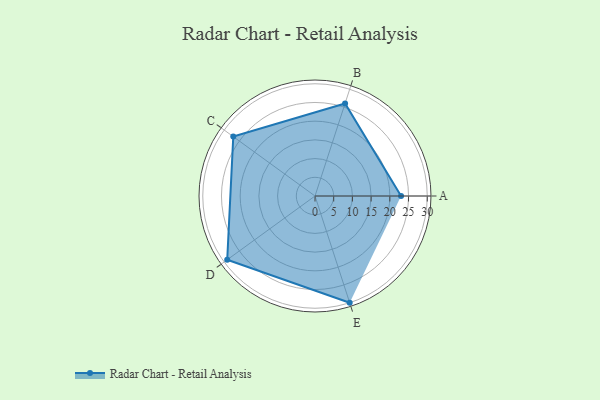
{"axis": {"x": "Skill", "y": "Score"}, "legend": ["Profile"], "data": [{"x": "A", "y": 23.0, "type": "Profile"}, {"x": "B", "y": 26.0, "type": "Profile"}, {"x": "C", "y": 27.0, "type": "Profile"}, {"x": "D", "y": 29.0, "type": "Profile"}, {"x": "E", "y": 30.0, "type": "Profile"}]}